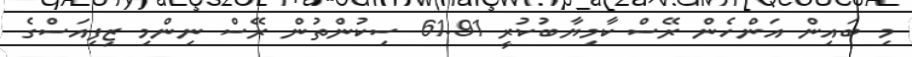
މި ބައިން އަންހެން ރޭސް ކާމިޔާބުކުރީ 61.91 ސިކުންތުން ރޭސް ނިންމި ޒިފިއަސްގެ